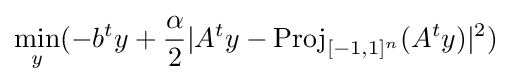
\min _{y}(-b^{t}y+{\frac {\alpha }{2}}|A^{t}y-{\text{Proj}}_{[-1,1]^{n}}(A^{t}y)|^{2})